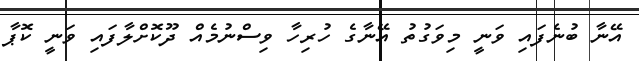
އޭނާ ބުނެފައި ވަނީ މިވަގުތު އޭނާގެ ހުރިހާ ވިސްނުމެއް ދޫކޮށްލާފައި ވަނީ ކޮޕާ